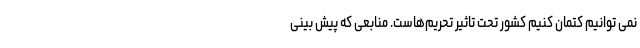
نمی توانیم کتمان کنیم کشور تحت تاثیر تحریم‌هاست. منابعی که پیش بینی